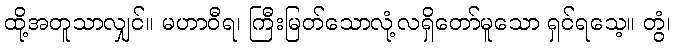
ထို့အတူသာလျှင်။ မဟာဝီရ၊ ကြီးမြတ်သောလုံ့လရှိတော်မူသော ရှင်ရသေ့။ တွံ၊